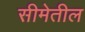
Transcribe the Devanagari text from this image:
सीमेतील